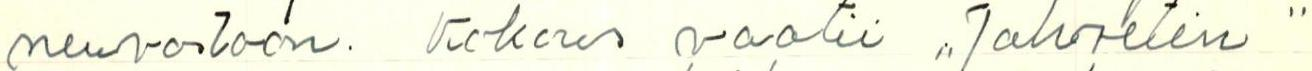
neuvostoon. Kokous vaatii ,,Jahvetin"